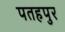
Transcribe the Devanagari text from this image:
पतहपुर